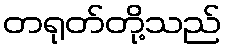
တရုတ်တို့သည်